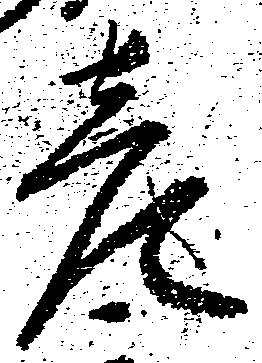
彦